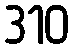
310